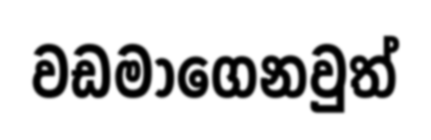
වඩමාගෙනවුත්